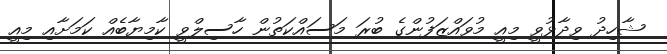
ޝާހިދު ވިދާޅުވީ މިއީ މުވައްޒަފުންގެ ބުރަ މަސައްކަތުން ހާސިލްވީ ކާމިޔާބެއް ކަމަށާއި މިއީ